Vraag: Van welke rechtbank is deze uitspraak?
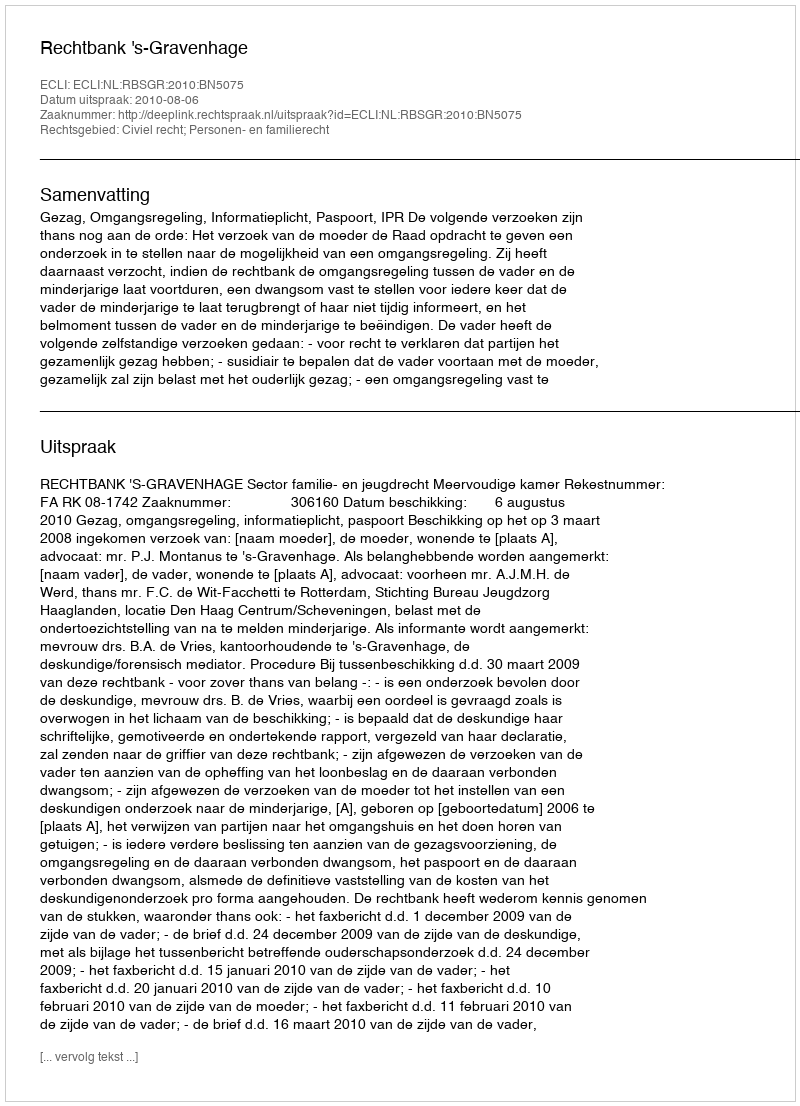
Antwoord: Rechtbank 's-Gravenhage